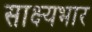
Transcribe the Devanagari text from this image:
साक्ष्यभार